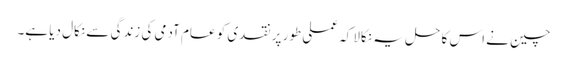
چین نے اس کا حل یہ نکالا کہ عملی طور پر نقدی کو عام آدمی کی زندگی سے نکال دیا ہے۔